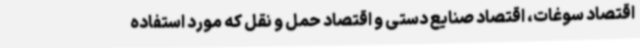
اقتصاد سوغات، اقتصاد صنایع دستی و اقتصاد حمل و نقل که مورد استفاده